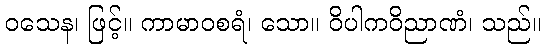
ဝသေန၊ ဖြင့်။ ကာမာဝစရံ၊ သော။ ဝိပါကဝိညာဏံ၊ သည်။